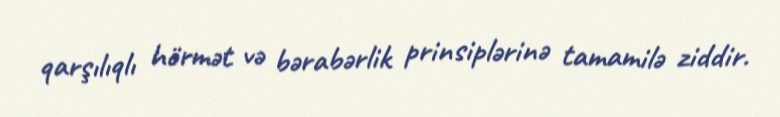
qarşılıqlı hörmət və bərabərlik prinsiplərinə tamamilə ziddir.